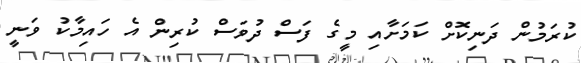
ކުރަމުން ދަނިކޮށް ކަމަށާއި މީގެ ފަސް ދުވަސް ކުރިން އެ ހައިމާކު ވަނީ